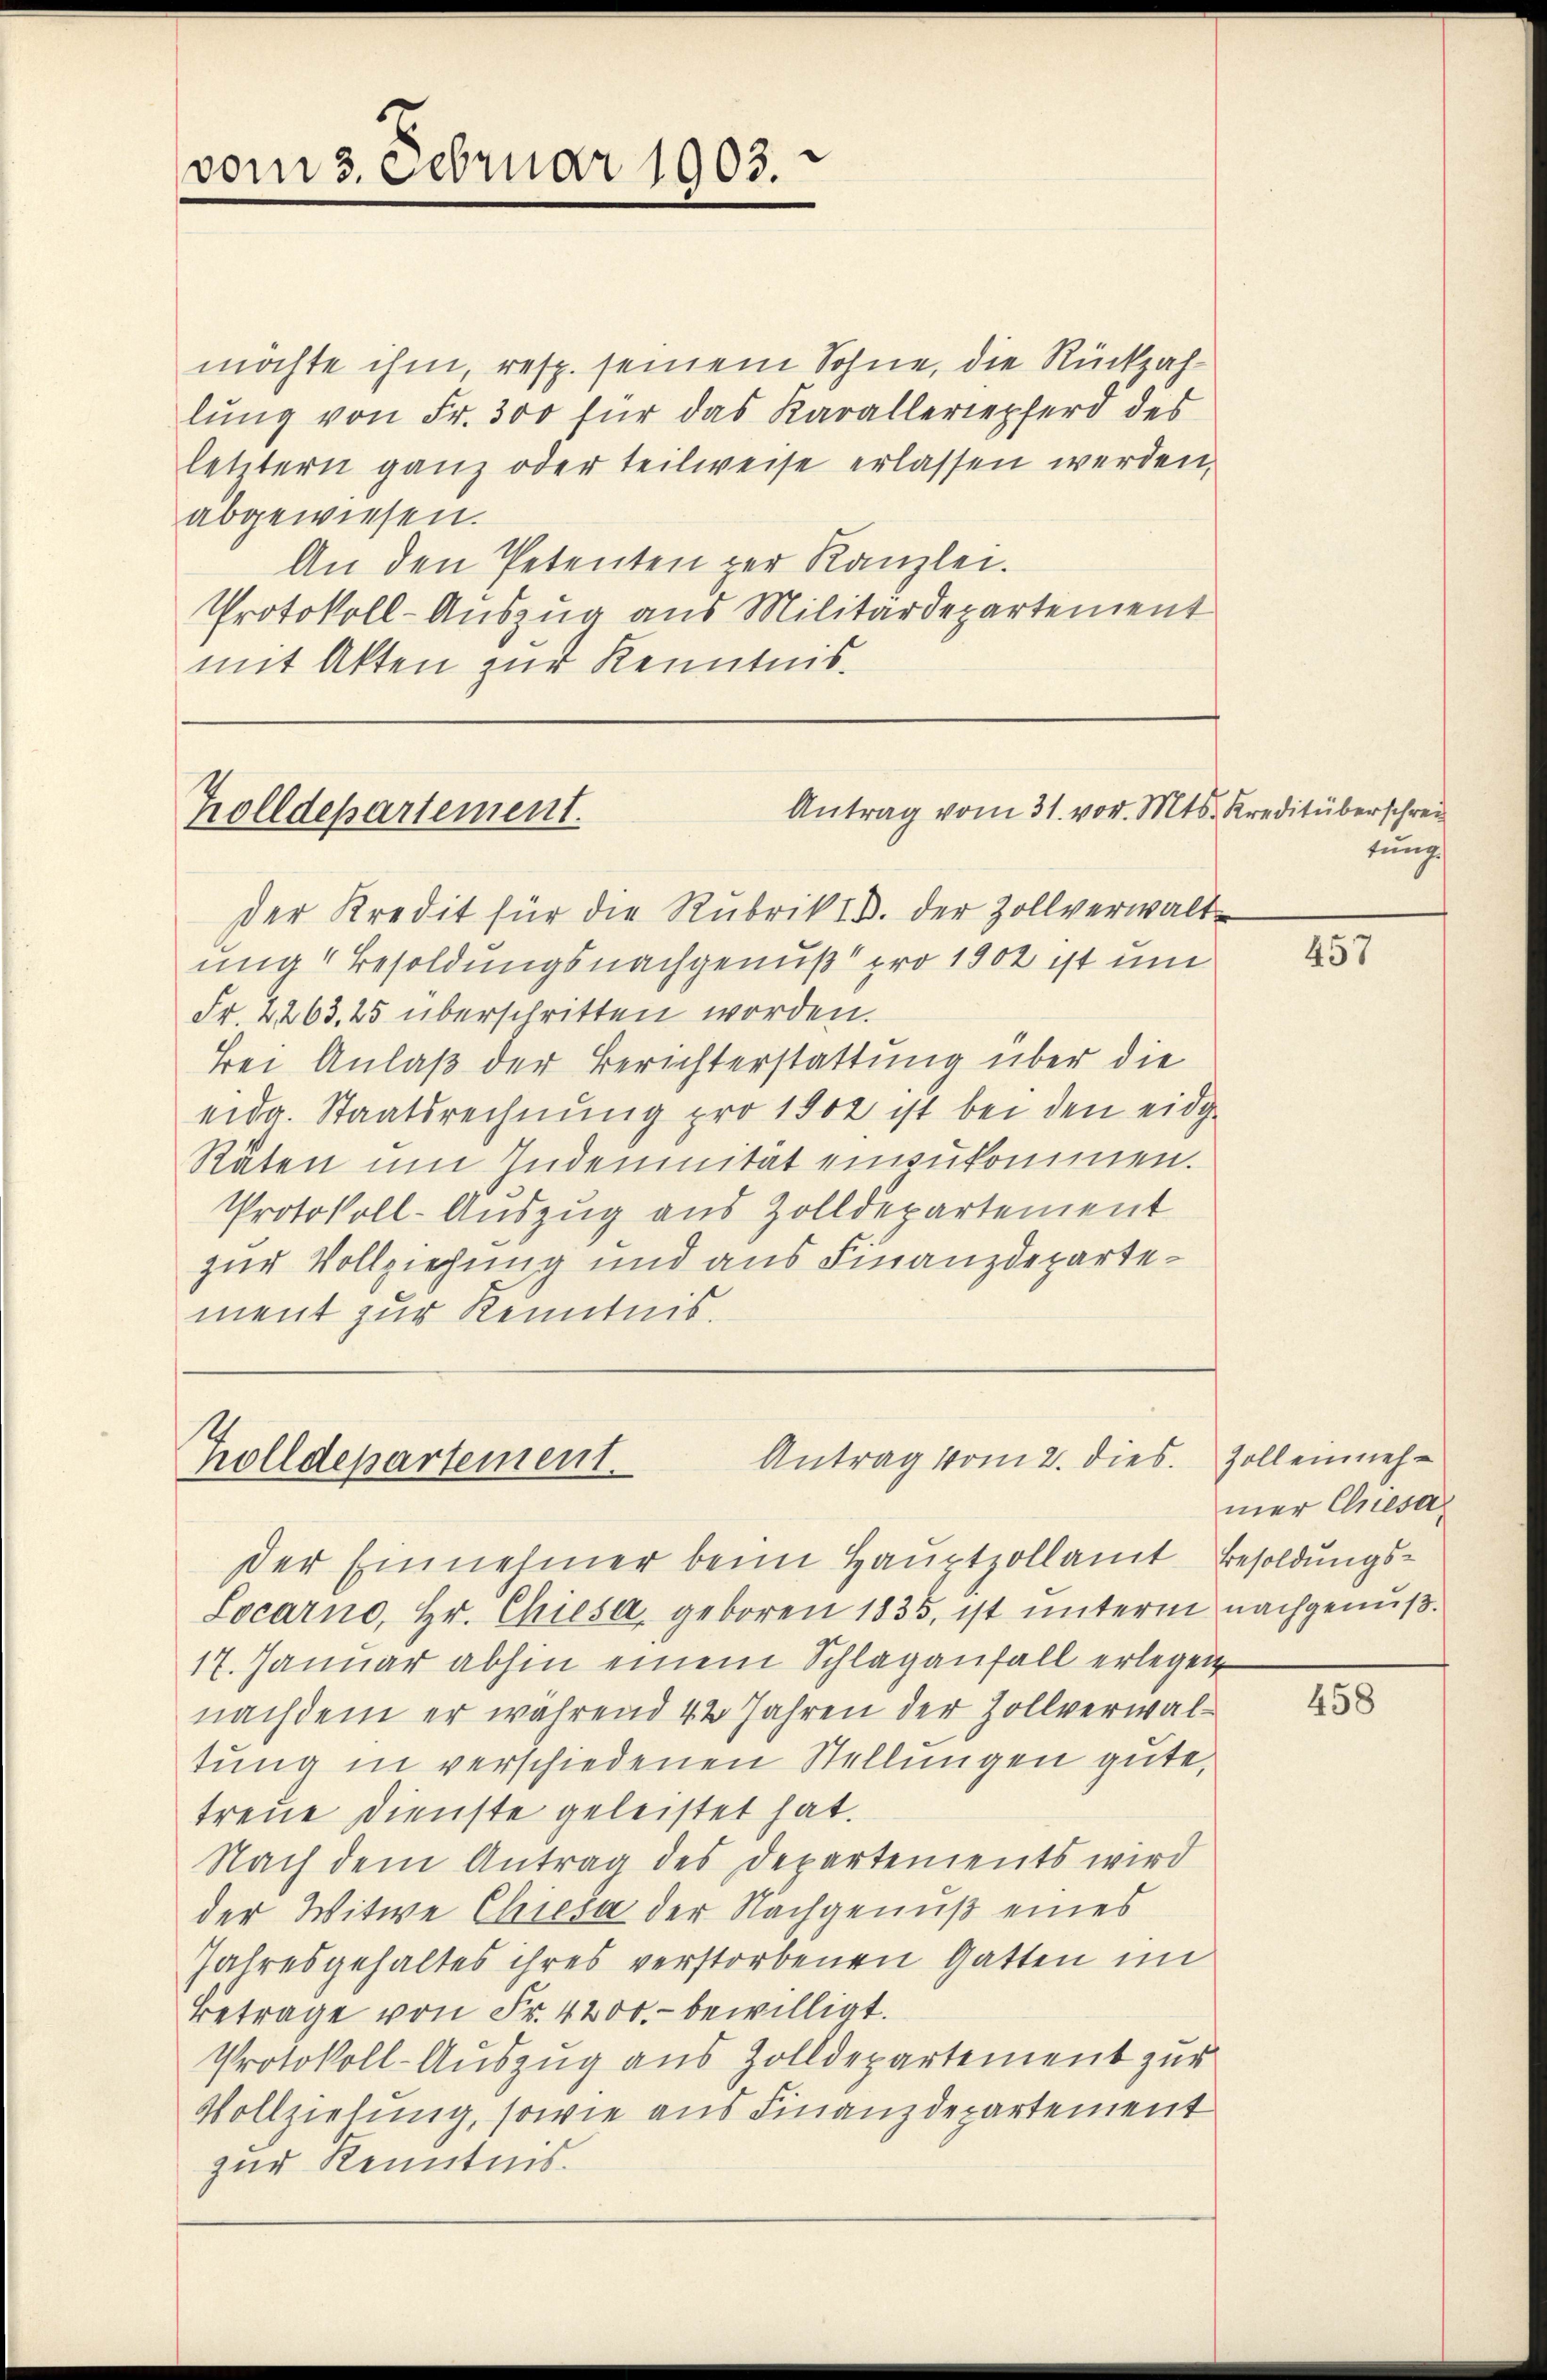
vom 3. Februar 1903.

möchte ihm, resp. seinem Sohne, die Rückzahlŭng von Fr. 300 für das Karalleriepferd des
letztern ganz oder teilweise erlassen werden,
abgewiesen.
An den Petenten per Kanzlei.
Protokoll-Auszug aus Militärdepartement
mit Akten zur Kenntnis.

Zolldepartement.

Antrag vom 31. vor. Mts. Kreditüberschrei

Antrag vom 2. dies
Zolldepartement.

Der Kredit für die Rubrik IV. der Zollverwaltung" Besoldungsnachgenuß pro 1902 ist um
Fr 2263, 25 überschritten worden.
Bei Anlaß der Berichterstattung über die
eida. Staatsrechnung pro 1902 ist bei den eidge
Räten um Indemnität einzukommen.
Protokoll-Auszug aus Zolldepartement
zur Vollziehung und aus Finanzdepartement zur Kenntnis.

Der Einnehmer beim Hauptzollamt Besoldungs¬
Locarno, Hr. Chiesa, geboren 1835, ist unterm nachgenuß¬
17. Januar abhin einem Schlaganfall erlegen
nachdem er während 42 Jahren der Zollverwaltung in verschiedenen Stellungen gute,
treue Dienste geleistet hat.
Nach dem Antrag des Departements wird
der Witwe Chiesa der Nachgenuß eines
Jahresgehaltes ihres verstorbenen Gatten im
Betrage von Fr. 4200.- bewilligt.
Protokoll-Auszug aus Zolldepartement zur
Vollziehung, sowie aus Finanzdepartement
zur Kenntnis.

tung

457

Zoll einehmer Enesa

458